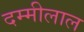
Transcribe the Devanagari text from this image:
दम्मीलाल